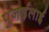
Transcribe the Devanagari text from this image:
पुनर्ढ़लाई